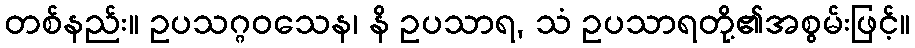
တစ်နည်း။ ဥပသဂ္ဂဝသေန၊ နိ ဥပသာရ, သံ ဥပသာရတို့၏အစွမ်းဖြင့်။